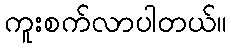
ကူးစက်လာပါတယ်။